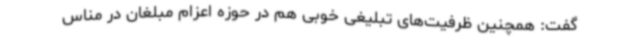
گفت: همچنین ظرفیت‌های تبلیغی خوبی هم در حوزه اعزام مبلغان در مناس